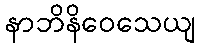
နာဘိနိဝေသေယျ